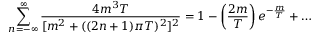
\sum _ { n = - \infty } ^ { \infty } \frac { 4 m ^ { 3 } T } { [ m ^ { 2 } + ( ( 2 n + 1 ) \pi T ) ^ { 2 } ] ^ { 2 } } = 1 - \left( \frac { 2 m } { T } \right) e ^ { - \frac { m } { T } } + \dots